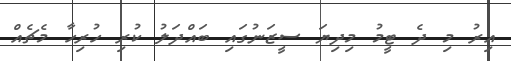
އިރު މި ދެ ޓީމު މިދިޔަ ސީޒަނުގައި ބައްދަލު ކުރި ހުރިހާ މެޗެއް